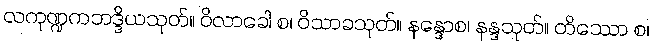
လကုဏ္ဍကဘဒ္ဒိယသုတ်။ ဝိလာခေါ စ၊ ဝိသာခသုတ်။ နန္ဒောစ၊ နန္ဒသုတ်။ တိဿော စ၊